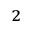
^ 2